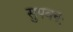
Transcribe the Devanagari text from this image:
सुपवनः